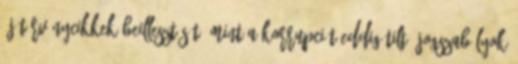
új törvénycikkek beillesztését, mint a korrupciót eddig tiltó jogszabályok